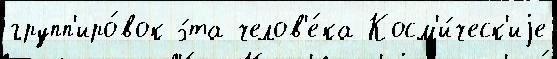
групп'иро́вок э́та челов'е́ка Косм'и́ческ'иjе